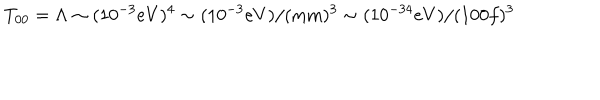
LaTeX: T _ { 0 0 } = \Lambda \sim ( 1 0 ^ { - 3 } e V ) ^ { 4 } \sim ( 1 0 ^ { - 3 } e V ) / ( \mathrm { m m } ) ^ { 3 } \sim ( 1 0 ^ { - 3 4 } e V ) / ( 1 0 0 f ) ^ { 3 }